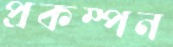
প্রকম্পন